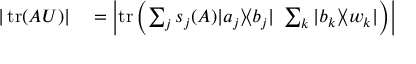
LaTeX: \begin{array} { r l } { | \operatorname { t r } ( A U ) | } & { { } = \left| \operatorname { t r } \left( \sum _ { j } s _ { j } ( A ) | a _ { j } \rangle \! \langle b _ { j } | \, \, \sum _ { k } | b _ { k } \rangle \! \langle w _ { k } | \right) \right| } \end{array}